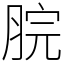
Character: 脘